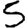
Digit: 5